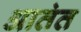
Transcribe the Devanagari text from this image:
आतंत